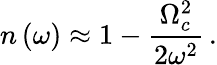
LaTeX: n\left(\omega\right)\approx 1-\frac{\Omega_{c}^{2}}{2\omega^{2}}\, .